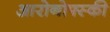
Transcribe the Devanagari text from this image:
आरोनोफ्स्की